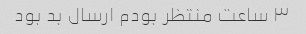
۳ ساعت منتظر بودم ارسال بد بود